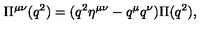
\Pi ^ { \mu \nu } ( q ^ { 2 } ) = ( q ^ { 2 } \eta ^ { \mu \nu } - q ^ { \mu } q ^ { \nu } ) \Pi ( q ^ { 2 } ) ,